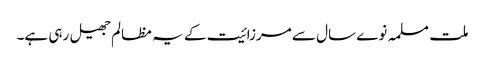
ملت مسلمہ نوے سال سے مرزائیت کے یہ مظالم جھیل رہی ہے۔